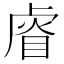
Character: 𥇨